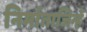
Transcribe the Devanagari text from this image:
निर्माताजिन्हें